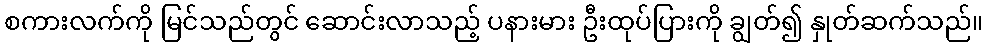
စကားလက်ကို မြင်သည်တွင် ဆောင်းလာသည့် ပနားမား ဦးထုပ်ပြားကို ချွတ်၍ နှုတ်ဆက်သည်။